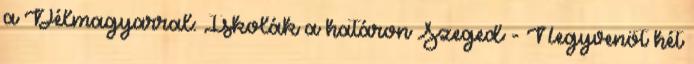
a Délmagyarral: Iskolák a határon Szeged - Negyvenöt hét